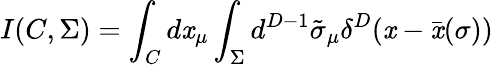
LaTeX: I(C,\Sigma)=\int_{C}d\mathit{x}_{\mu}\int_{\Sigma}d^{D-1}\tilde{{\sigma}}_{\mu}\delta^{D}(\mathit{x}-\bar{{\mathit{x}}}(\sigma))